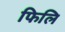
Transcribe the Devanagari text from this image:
फिलि